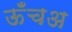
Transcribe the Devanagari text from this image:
ऊँचअ